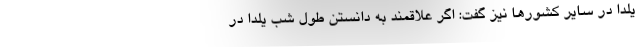
یلدا در سایر کشورها نیز گفت: اگر علاقمند به دانستن طول شب یلدا در